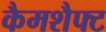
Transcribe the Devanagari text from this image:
कैमशैफ्ट